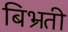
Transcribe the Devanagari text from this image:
बिभ्रती